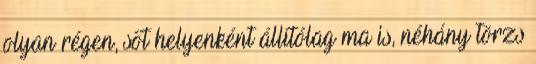
olyan régen, sőt helyenként állítólag ma is, néhány törzs